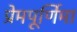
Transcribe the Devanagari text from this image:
प्रेमपूर्णिमा